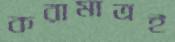
করামাত্রই